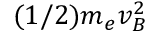
( 1 / 2 ) m _ { e } v _ { B } ^ { 2 }